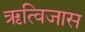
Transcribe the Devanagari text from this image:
ऋत्विजास